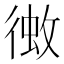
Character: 𢔼